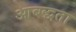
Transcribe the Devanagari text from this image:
आबद्धता